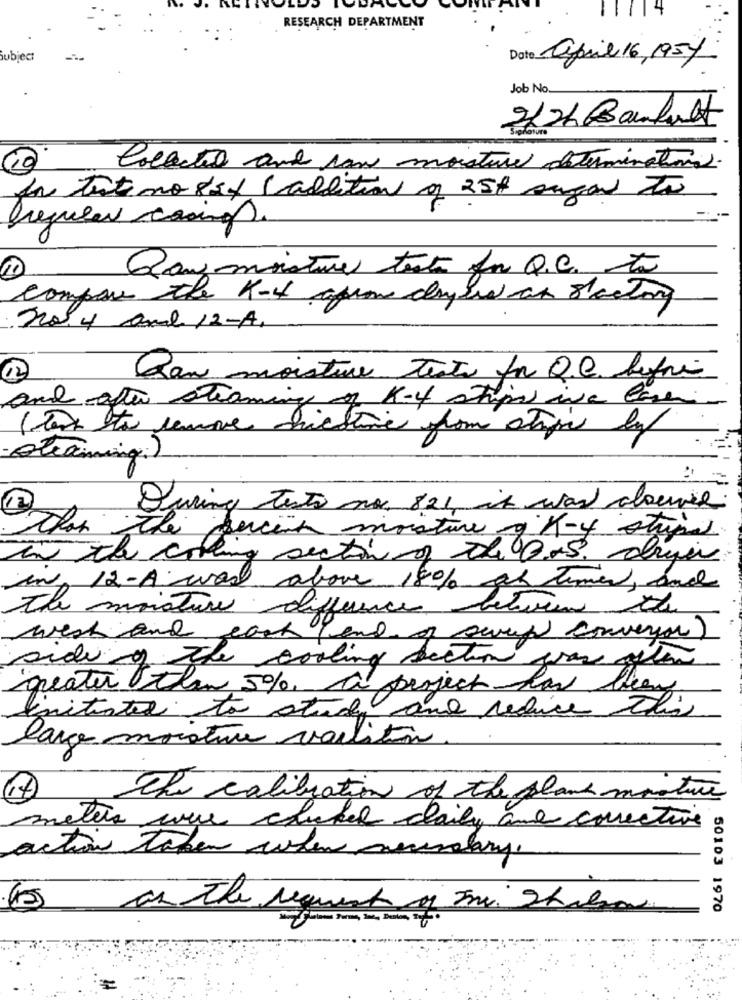
RESEARCH DEPARTMENT
subject
Date april 16, 195y
Job No.
2/2h Banlust
10
Collected and ran moisture determinations.
Ja teste no 8if (addition o 254 sugar to
Rowmoisture teste fre Q.C. to
compass the K-4 afin crysis an factory
no. 4 amb 12-A.
Qan moisture tests for Q.C. before
and after steaming of K-4 ships iva love
Alexining:)
During testo no. 821 it was absence.
Than the percent moisture & K-4 stripe
in the coming section of the B.O.S. dryer
in 12-A was above 18% at times, and
The moisture difference between the
west and each (end of sevey conveyor
sideof the cooling section grave olen
greater than 5% à
project has
initiated to study and reduce this
lara moisture varliton
The calibration of the plane monture
meters were choker daily and corrective
action taken when necessary.
as the request of Im Thale
50103 1970